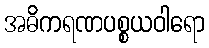
အဓိကရဏပစ္စယဝါရော